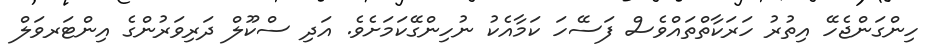
ހިންގަންޖެހޭ އިތުރު ހަރަކާތްތައްވެސް ފަސޭހަ ކަމާއެކު ނުހިންގޭކަމަށެވެ. އަދި ސްކޫލް ދަރިވަރުންގެ އިންޓަރވަލް